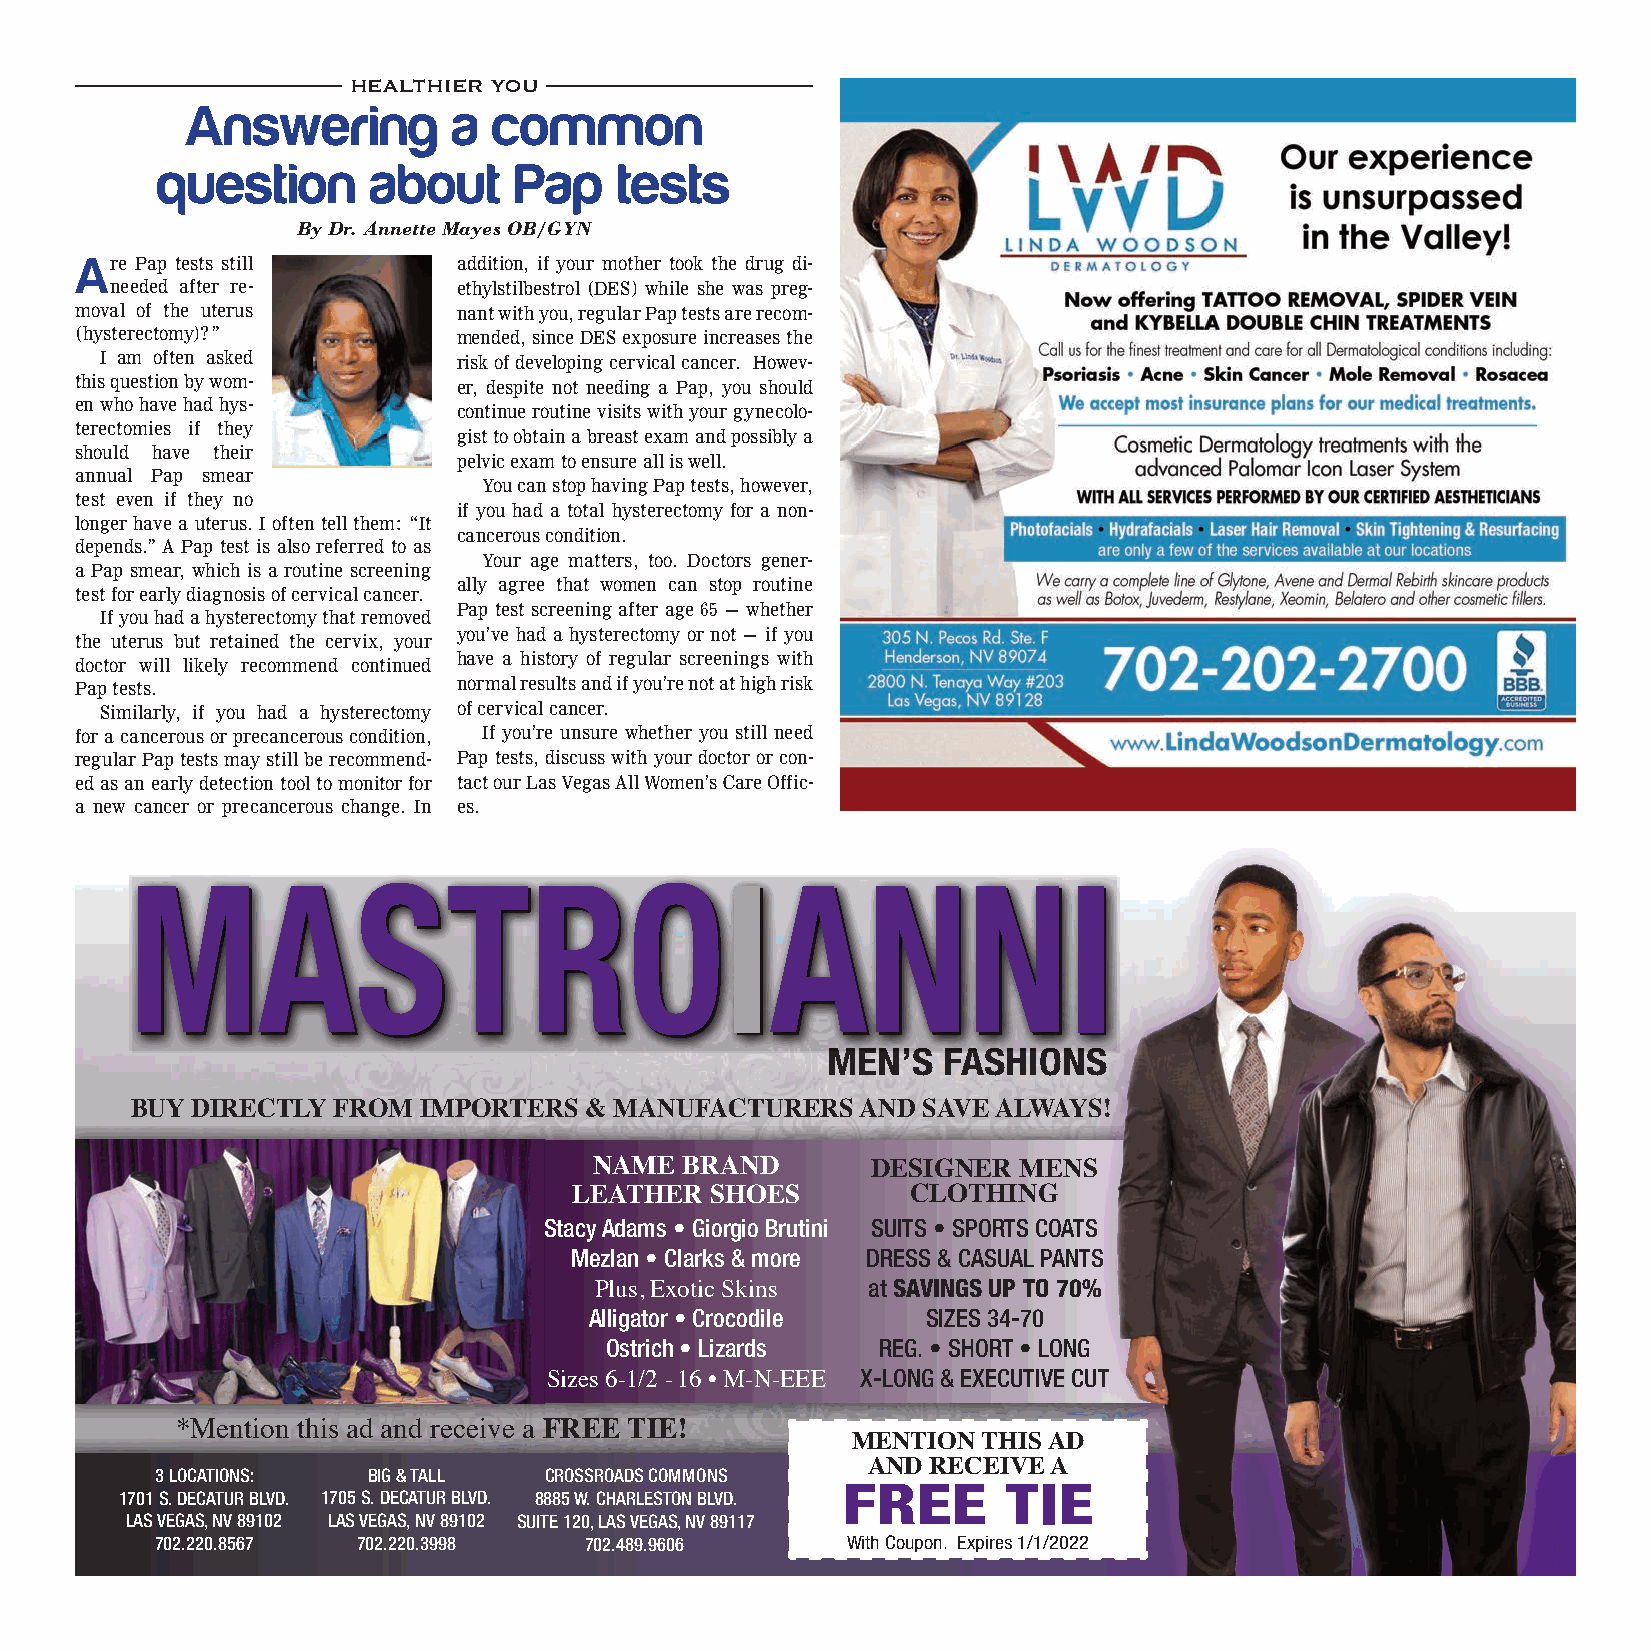
HEALTHIER YOU
 Answering         a  common
 question      about     Pap    tests
 By Dr. Annette Mayes OB/GYN
 Are Pap tests still      addition, if your mother took the drug di-
 needed after re-       ethylstilbestrol (DES) while she was preg-
 moval of the uterus      nant with you, regular Pap tests are recom-
 (hysterectomy)?”         mended, since DES exposure increases the
 I am often asked       risk of developing cervical cancer. Howev-
 this question by wom-    er, despite not needing a Pap, you should
 en who have had hys-
 continue routine visits with your gynecolo-
 terectomies if they
 gist to obtain a breast exam and possibly a
 should have their
 pelvic exam to ensure all is well.
 annual Pap smear
 You can stop having Pap tests, however,
 test even if they no
 if you had a total hysterectomy for a non-
 longer have a uterus. I often tell them: “It
 cancerous condition.
 depends.” A Pap test is also referred to as
 Your age matters, too. Doctors gener-
 a Pap smear, which is a routine screening
 ally agree that women can stop routine
 test for early diagnosis of cervical cancer.
 Pap test screening after age 65 — whether
 If you had a hysterectomy that removed
 you’ve had a hysterectomy or not — if you
 the uterus but retained the cervix, your
 doctor will likely recommend continued have a history of regular screenings with
 Pap tests.               normal results and if you’re not at high risk
 Similarly, if you had a hysterectomy of cervical cancer.
 for a cancerous or precancerous condition, If you’re unsure whether you still need
 regular Pap tests may still be recommend- Pap tests, discuss with your doctor or con-
 ed as an early detection tool to monitor for tact our Las Vegas All Women’s Care Offic-
 a new cancer or precancerous change. In es.
 MMAASSTTRROOIIAANNNNII
 MEN’S  FASHIONS
 BUY DIRECTLY FROM  IMPORTERS  & MANUFACTURERS   AND SAVE ALWAYS!
 NAME  BRAND        DESIGNER MENS
 LEATHER  SHOES        CLOTHING
 Stacy Adams • Giorgio Brutini SUITS • SPORTS COATS
 Mezlan • Clarks & more DRESS & CASUAL PANTS
 Plus, Exotic Skins at SAVINGS UP TO 70%
 Alligator • Crocodile SIZES 34-70
 Ostrich • Lizards REG. • SHORT • LONG
 Sizes 6-1/2 - 16 • M-N-EEE X-LONG & EXECUTIVE CUT
 *Mention this ad and receive a FREE TIE!
 MENTION  THIS AD
 AND RECEIVE A
 3 LOCATIONS:  BIG & TALL  CROSSROADS COMMONS
 FREE       TIE
 1701 S. DECATUR BLVD. 1705 S. DECATUR BLVD. 8885 W. CHARLESTON BLVD.
 LAS VEGAS, NV 89102 LAS VEGAS, NV 89102 SUITE 120, LAS VEGAS, NV 89117
 702.220.8567  702.220.3998   702.489.9606     With Coupon. Expires 1/1/2022